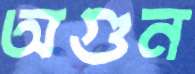
অগুন